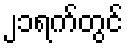
၂၁ရက်တွင်